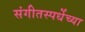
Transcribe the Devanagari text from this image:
संगीतस्पर्धेच्या